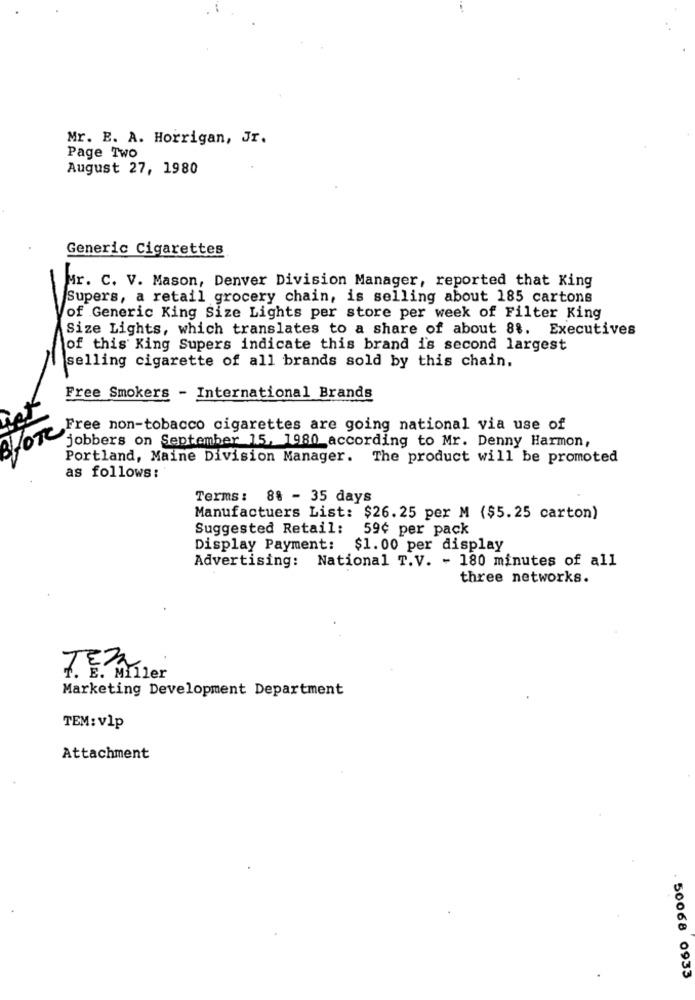
Mr. B. A. Horrigan, Jr.
Page Two
August 27, 1980
Generic Cigarettes
Mr. C. V. Mason, Denver Division Manager, reported that King
Supers, a retail grocery chain, is selling about 185 cartons
of Generic King Size Lights per store per week of Filter King
Size Lights, which translates to a share of about 8%. Executives
of this King Supers indicate this brand i's second largest
selling cigarette of all brands sold by this chain.
Free Smokers - International Brands
Free non-tobacco cigarettes are going national via use of
jobbers on September 15, 1980 according to Mr. Denny Harmon,
Portland, Maine Division Manager. The product will be promoted
as follows:
Terms: 88 - 35 days
Manufactuers List: $26.25 per M ($5.25 carton)
Suggested Retail:
59¢ per pack
Display Payment:
$1.00 per display
Advertising: National T.V. - 180 minutes of all
three networks.
E. Miller
Marketing Development Department
TEM: vlp
Attachment
. 50068 0933